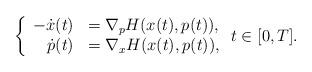
LaTeX: \begin{align*}\left\{\begin{array}{rll}-\dot{x}(t)&= \nabla_p H (x(t),p(t)),\\\dot{p}(t) &= \nabla_x H (x(t),p(t)),\end{array}\right.t\in [0,T].\end{align*}